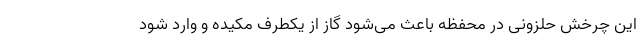
این چرخش حلزونی در محفظه باعث می‌شود گاز از یکطرف مکیده و وارد شود